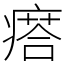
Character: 瘩